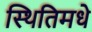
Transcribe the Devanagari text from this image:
स्थितिमधे